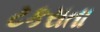
ટકરાતા